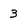
Character: 3